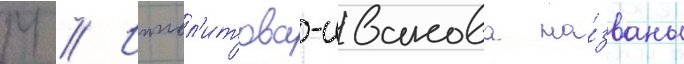
М // Иппол'итова-иванова на́званы